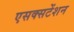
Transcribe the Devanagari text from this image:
एसक्सटेंशन